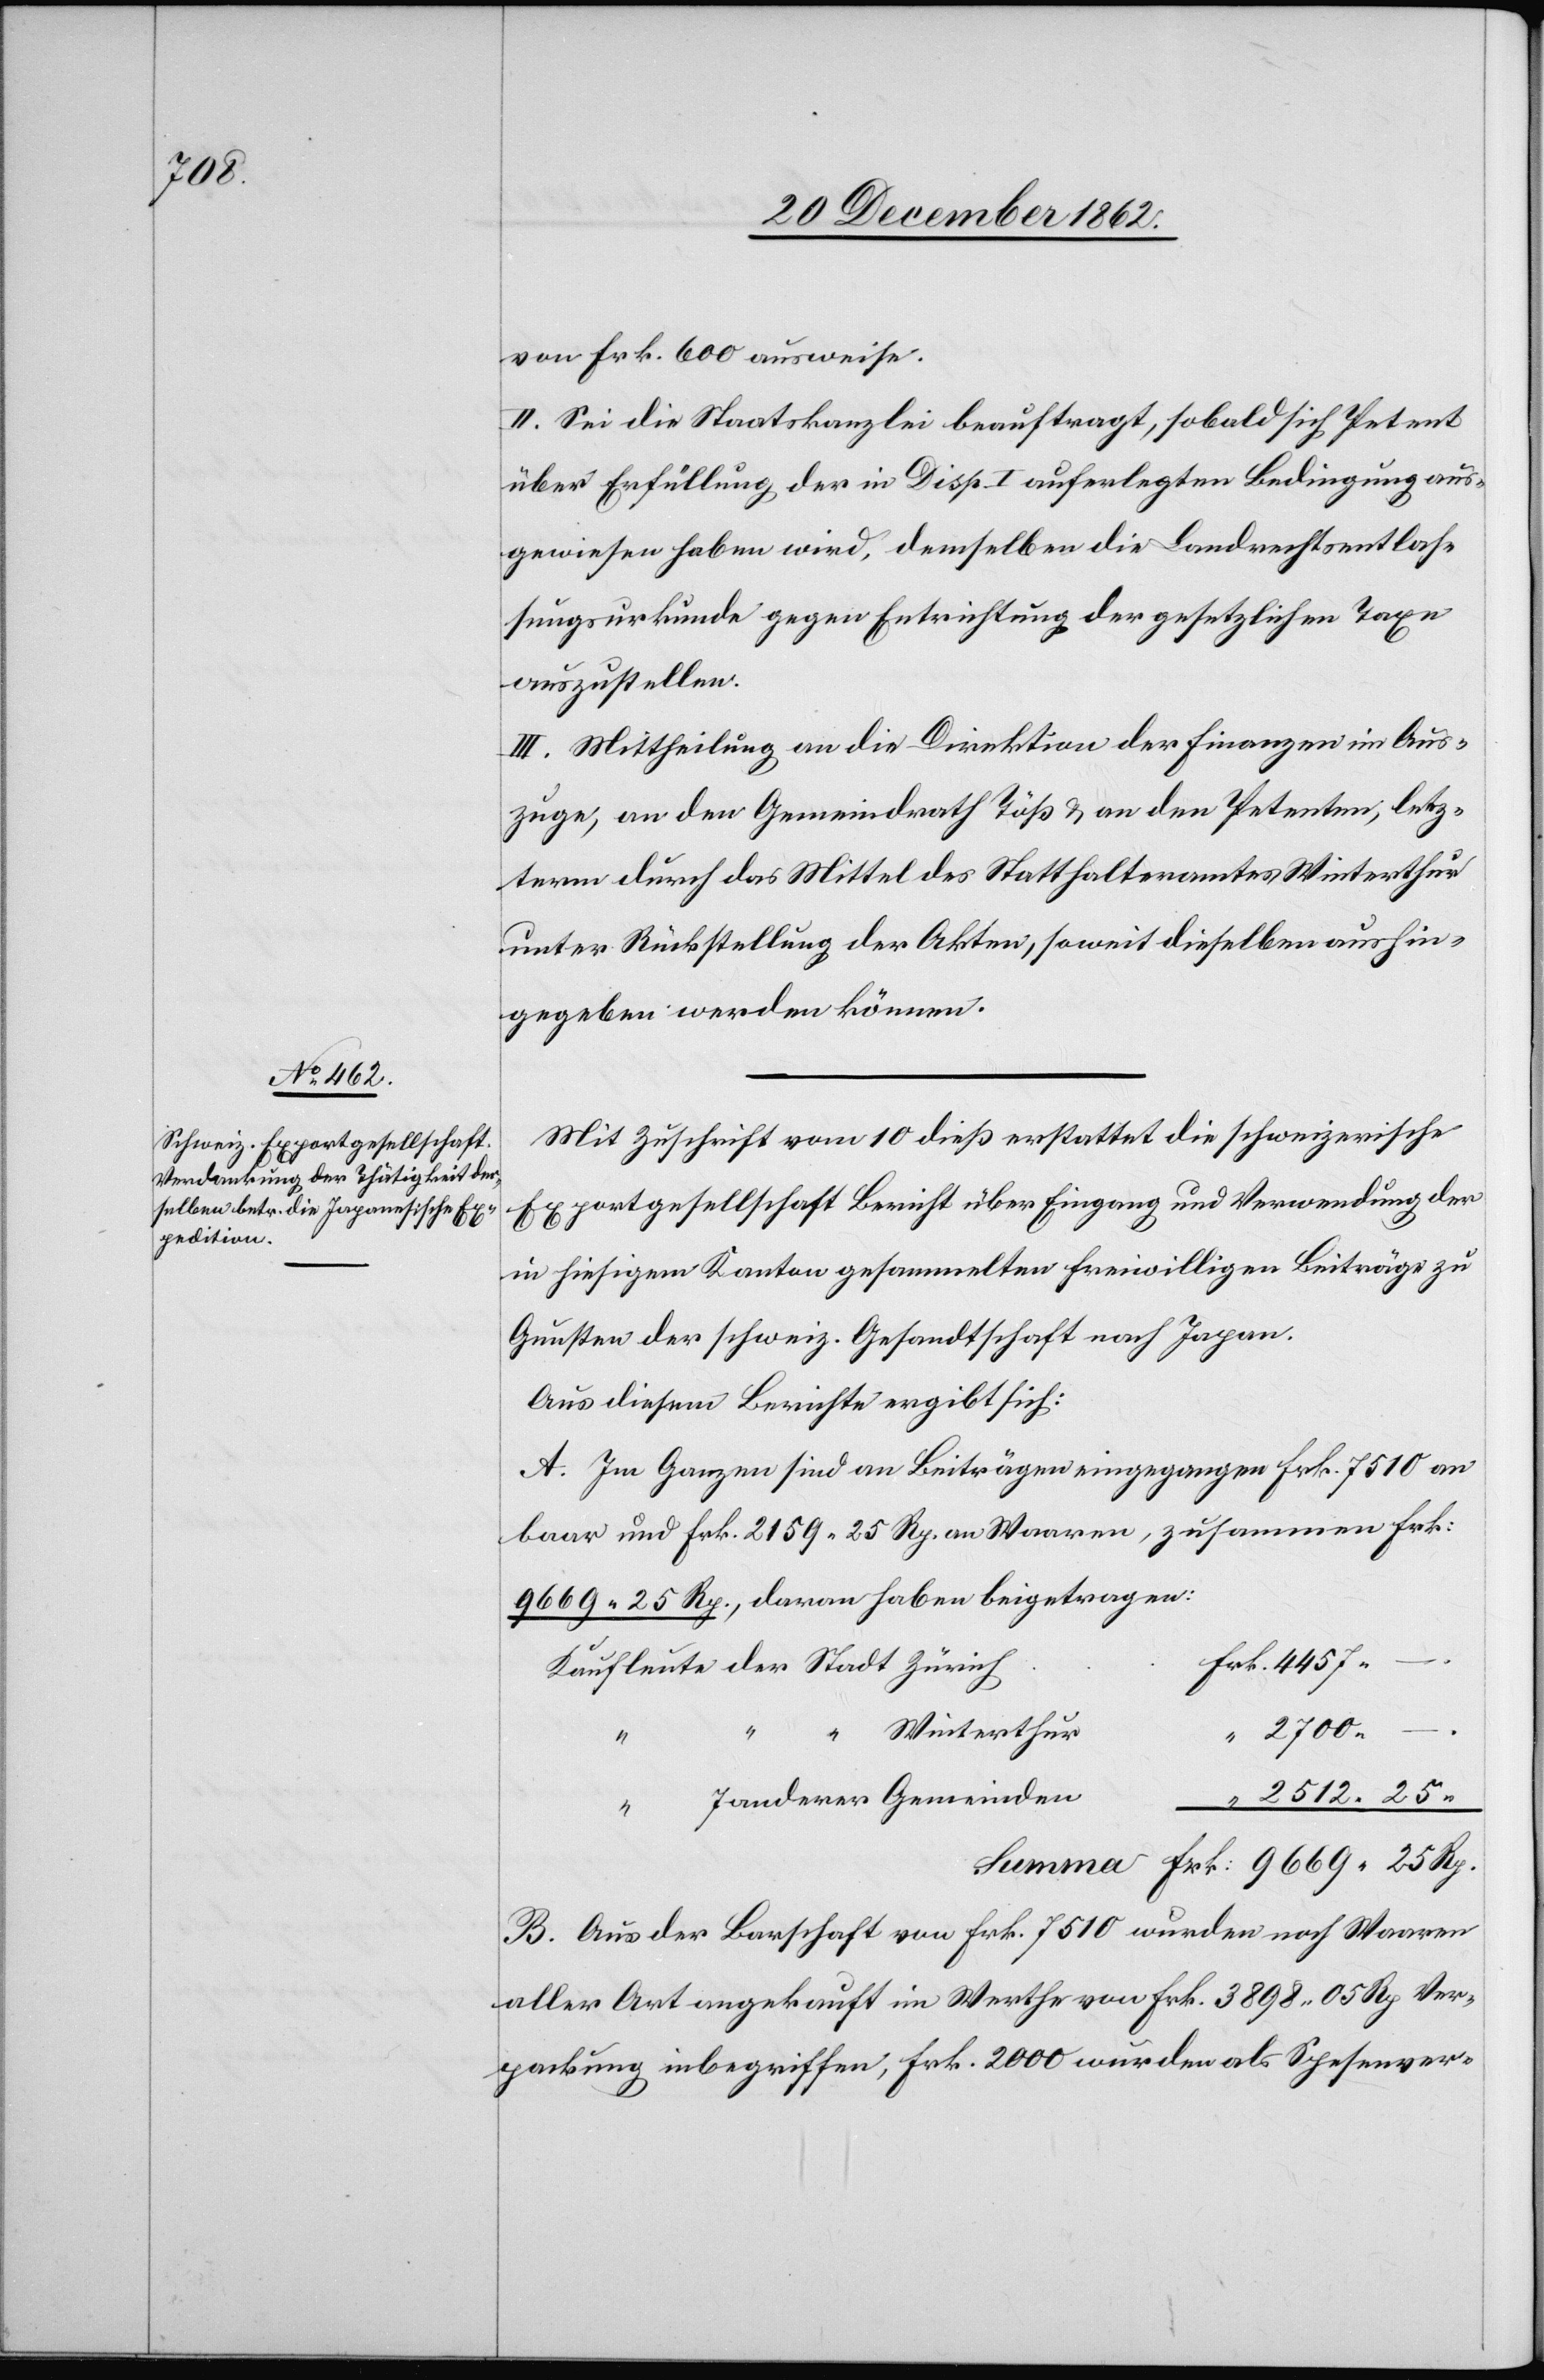
2512

von Frk. 600 ausweise.
II. Sei die Staatskanzlei beauftragt, sobald sich Petent
über Erfüllung der in Disp. I auferlegten Bedingung aus¬
gewiesen haben wird, demselben die Landrechtsentlas¬
sungsurkunde gegen Entrichtung der gesetzlichen Taxe
auszustellen.
III: Mittheilung an die Direktion der Finanzen im Aus¬
zuge, an den Gemeindrath Töß u. an den Petenten, letz¬
terem durch das Mittel des Statthalteramtes Winterthur
unter Rückstellung der Akten, soweit dieselben aushin¬
gegeben werden können.
Mit Zuschrift vom 10. dieß erstattet die schweizerische
Exportgesellschaft Bericht über Eingang und Verwendung der
in hiesigem Kanton gesammelten freiwilligen Beiträge zu
Gunsten der schweiz. Gesandtschaft nach Japan.
Aus diesem Berichte ergibt sich:
A. Im Ganzen sind an Beiträgen eingegangen Frk. 7510 an
baar und Frk. 2159 25 Rp. an Waaren, zusammen Frk.
9669 25 Rp., daran haben beigetragen:
Winterthur
7 anderer Gemeinden
B. Aus der Barschaft von Frk. 7510 wurden noch Waaren
aller Art angekauft im Werthe von Frk. 3898 05 Rp. Ver¬
packung inbegriffen, Frk. 2000 wurden als Spesenver-